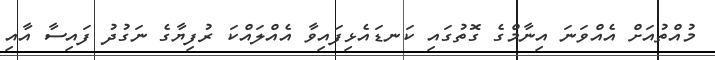
މުއްތުއަށް އެއްވަނަ އިނާމްގެ ގޮތުގައި ކަނޑައެޅިފައިވާ އެއްލައްކަ ރުފިޔާގެ ނަގުދު ފައިސާ އާއި